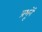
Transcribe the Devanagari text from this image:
प्रभूनें